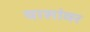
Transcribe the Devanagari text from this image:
वाशांवर